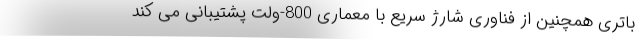
باتری همچنین از فناوری شارژ سریع با معماری 800-ولت پشتیبانی می کند